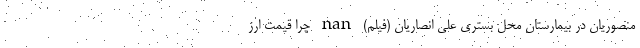
منصوریان در بیمارستان محل بستری علی انصاریان (فیلم) nan چرا قیمت ارز